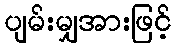
ပျမ်းမျှအားဖြင့်